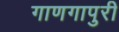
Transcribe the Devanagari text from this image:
गाणगापुरी